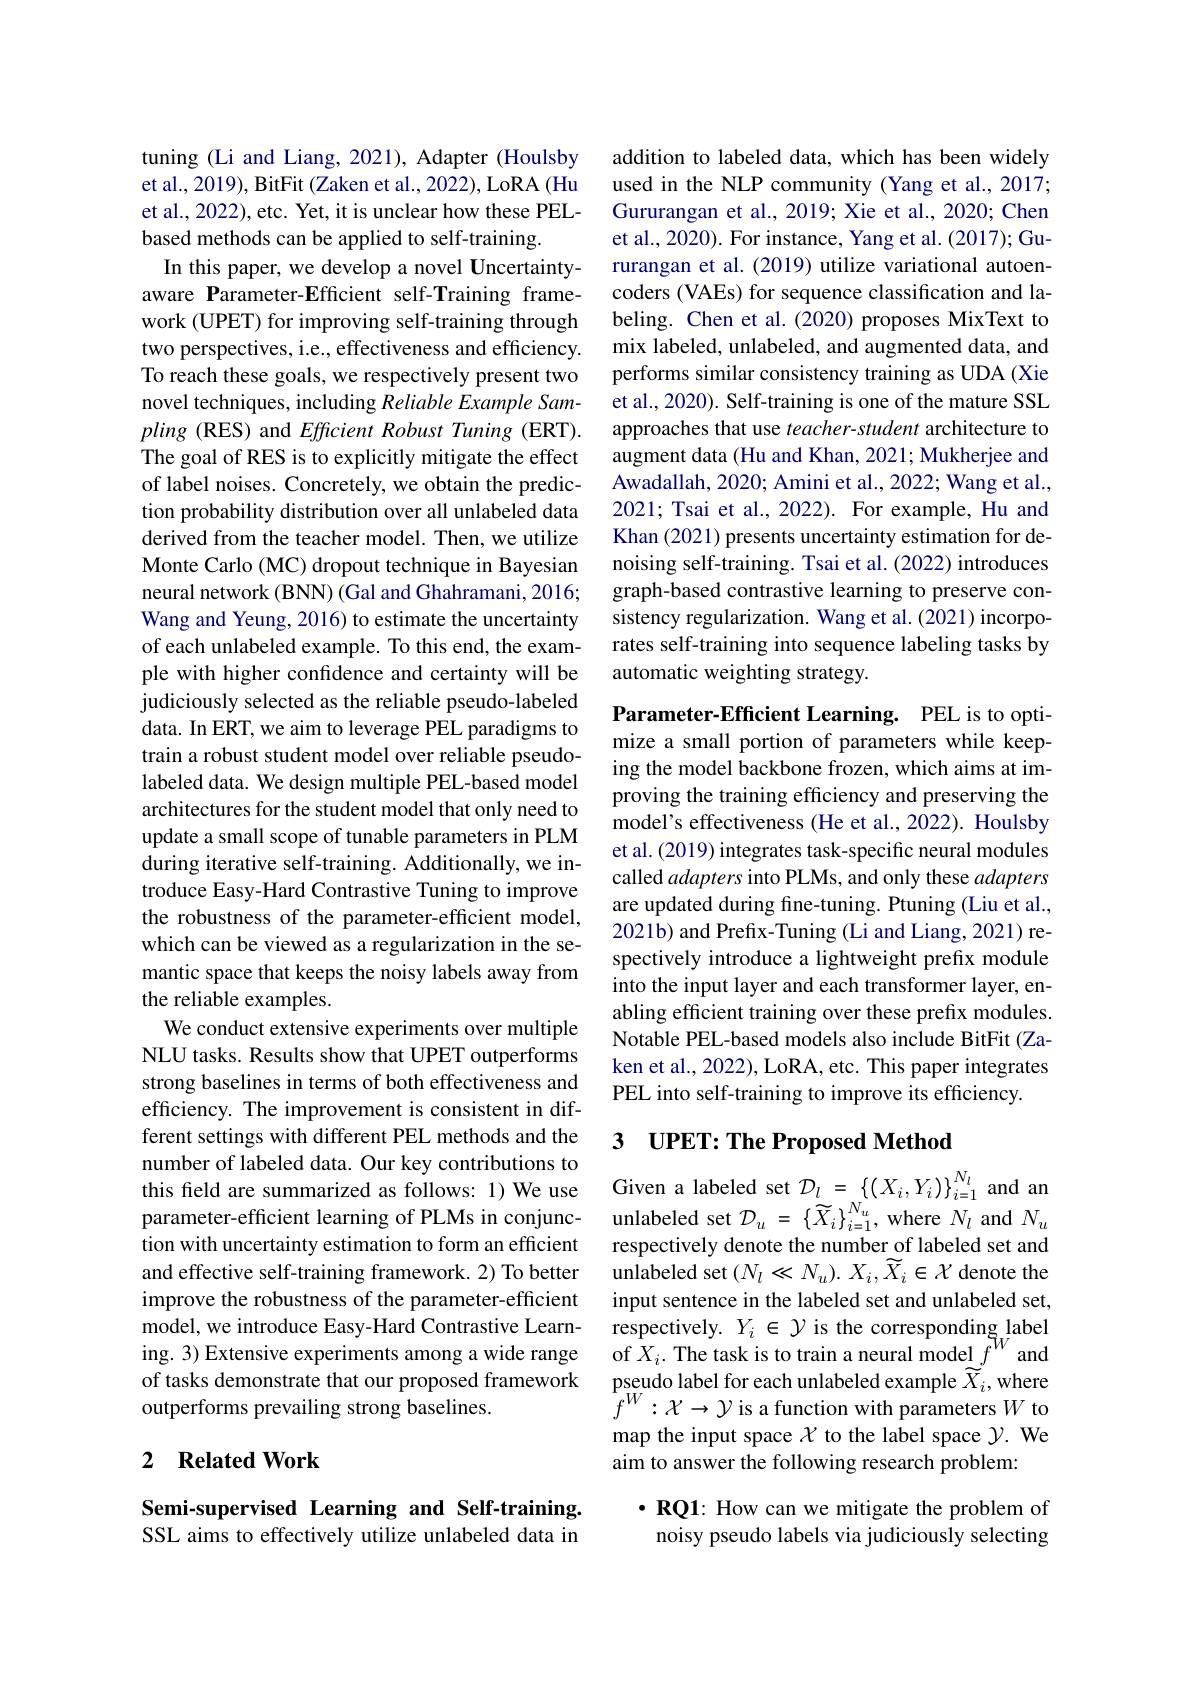
tuning (Li and Liang, 2021), Adapter (Houlsby et al., 2019), BitFit (Zaken et al., 2022), LoRA (Hu et al., 2022), etc. Yet, it is unclear how these PELbased methods can be applied to self-training.
In this paper, we develop a novel Uncertaintyaware Parameter-Efficient self-Training framework (UPET) for improving self-training through two perspectives, i.e., effectiveness and efficiency. To reach these goals, we respectively present two novel techniques, including Reliable Example Sam- $pling ($RES)and Efficient Robust Tuning (ERT). The goal of RES is to explicitly mitigate the effect of label noises. Concretely, we obtain the prediction probability distribution over all unlabeled data derived from the teacher model. Then, we utilize Monte Carlo (MC) dropout technique in Bayesian neural network (BNN) (Gal and Ghahramani, 2016; Wang and Yeung, 2016) to estimate the uncertainty of each unlabeled example. To this end, the example with higher confidence and certainty will be judiciously selected as the reliable pseudo-labeled data. In ERT, we aim to leverage PEL paradigms to train a robust student model over reliable pseudolabeled data. We design multiple PEL-based model architectures for the student model that only need to update a small scope of tunable parameters in PLM during iterative self-training. Additionally, we introduce Easy-Hard Contrastive Tuning to improve the robustness of the parameter-efficient model, which can be viewed as a regularization in the semantic space that keeps the noisy labels away from the reliable examples.
We conduct extensive experiments over multiple NLU tasks. Results show that UPET outperforms strong baselines in terms of both effectiveness and efficiency. The improvement is consistent in different settings with different PEL methods and the number of labeled data. Our key contributions to humber ol labeled dala. Our key contrbutions to this field are summarized as follows: 1) We use Given a labeled set $\mathcal{D}_l=_N\{(X_i,Y_i)\}_{i=1}^{N_l}$ and an parameter-efficient learning of PLMs in conjunc- unlabeled set $\mathcal{D}_u=\{\widetilde{X}_i\}_{i=1}^{N_u}$, where $N_l$ and $N_u$ tion with uncertainty estimation to form an efficient and effective self-training framework. 2) To better improve the robustness of the parameter-efficient model, we introduce Easy-Hard Contrastive Learning. 3) Extensive experiments among a wide range of tasks demonstrate that our proposed framework outperforms prevailing strong baselines.

### 2 $\textbf{Related Work}$

Semi-supervised Learning and Self-training. SSL aims to effectively utilize unlabeled data in

addition to labeled data, which has been widely used in the NLP community (Yang et al.,2017; Gururangan et al., 2019; Xie et al., 2020; Chen et al., 2020). For instance, Yang et al. (2017); Gururangan et al. (2019) utilize variational autoencoders (VAEs) for sequence classification and labeling. Chen et al.(2020) proposes MixText to mix labeled, unlabeled, and augmented data, and performs similar consistency training as UDA (Xie et al., 2020). Self-training is one of the mature SSL approaches that use teacher-student architecture to augment data (Hu and Khan, 2021; Mukherjee and Awadallah, 2020; Amini et al., 2022; Wang et al., 2021; Tsai et al., 2022). For example, Hu and Khan (2021) presents uncertainty estimation for denoising self-training. Tsai et al. (2022) introduces graph-based contrastive learning to preserve consistency regularization. Wang et al.(2021) incorporates self-training into sequence labeling tasks by automatic weighting strategy.

Parameter-Efficient Learning. PEL is to optimize a small portion of parameters while keeping the model backbone frozen, which aims at improving the training efficiency and preserving the model's effectiveness (He et al., 2022). Houlsby et al. (2019) integrates task-specific neural modules called adapters into PLMs, and only these adapters are updated during fine-tuning. Ptuning (Liu et al., 2021b) and Prefix-Tuning (Li and Liang, 2021) respectively introduce a lightweight prefix module into the input layer and each transformer layer, enabling efficient training over these prefix modules. Notable PEL-based models also include BitFit (Zaken et al., 2022), LoRA, etc. This paper integrates PEL into self-training to improve its efficiency.

## 3 UPET: The Proposed Method

respectively denote the number of labeled set and unlabeled set $(N_{l}\ll N_{u}).X_{i},\widetilde{X}_{i}\in\mathcal{X}$ denote the input sentence in the labeled set and unlabeled set, respectively. $Y_i\in\mathcal{Y}$ is the corresponding label of $X_i.$ The task is to train a neural model $\underline{f}^{\%}$ and pseudo label for each unlabeled example $\widetilde{X}_i^{\prime}$,where $f^{W}:\mathcal{X}\to\mathcal{Y}$ is a function with parameters $W$ to map the input space $\chi$ to the label space $\gamma.$ We aim to answer the following research problem:

$\cdot\mathbf{RQ1:~How~can~we~mitigate~the~problem~of}$ noisy pseudo labels via judiciously selecting